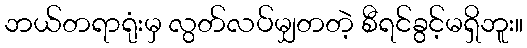
ဘယ်တရာရုံးမှ လွတ်လပ်မျှတတဲ့ စီရင်ခွင့်မရှိဘူး။